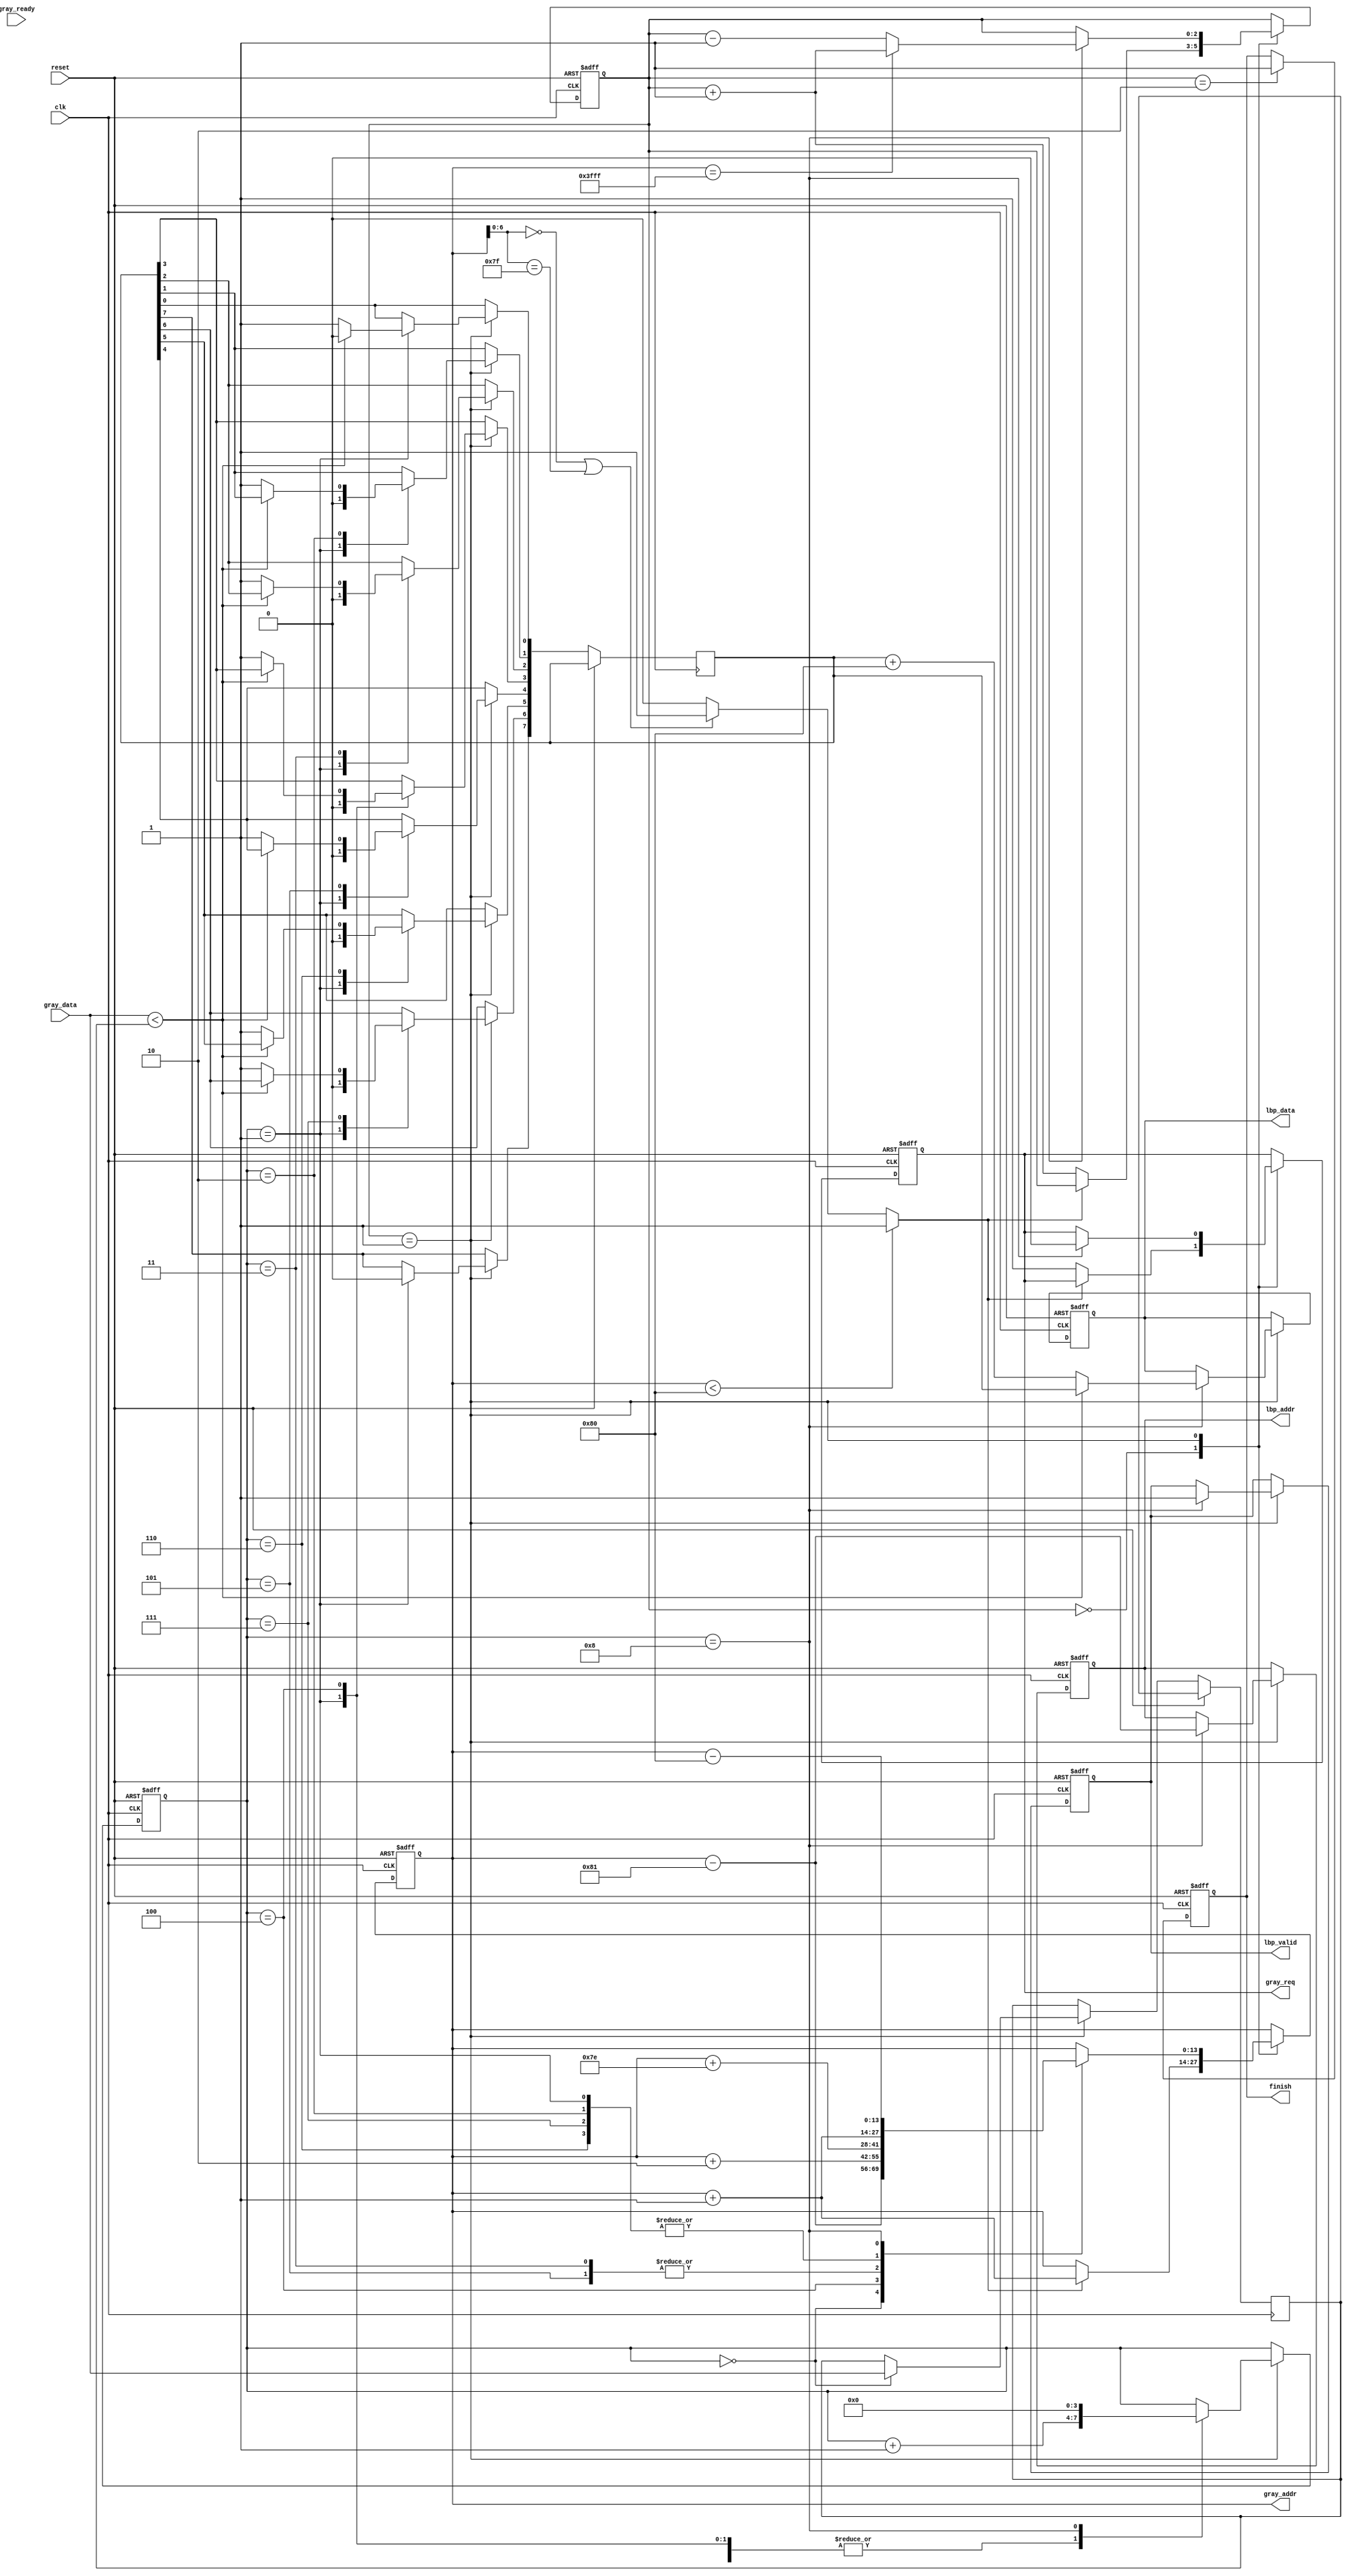
module LBP ( clk, reset, gray_addr, gray_req, gray_ready, gray_data, lbp_addr, lbp_valid, lbp_data, finish);
input   	clk;
input   	reset;
output  reg [13:0] 	gray_addr;
output  reg       	gray_req;
input   	gray_ready;
input   [7:0] 	gray_data;
output  reg [13:0] 	lbp_addr;
output  reg	lbp_valid;
output  reg [7:0] 	lbp_data;
output  reg	finish;
//====================================================================
reg [7:0] buffer;
reg [7:0] center;
reg flag;
reg [2:0] state;
reg [3:0] count;

localparam LOAD_DATA = 0;
localparam PROCESS = 1;
localparam FINISH = 2;

always@(gray_addr) begin
	if(gray_addr < 128) flag = 1;
	else if(gray_addr[6:0] == 7'b0000000 || gray_addr[6:0] == 7'b1111111) flag = 1;
	else flag = 0;
end

always@(posedge clk or posedge reset) begin
	if(reset) begin
		gray_addr <= 0;
		gray_req <= 0;
		lbp_addr <= 0;
		lbp_data <= 0;
		lbp_valid <= 0;
		finish <= 0;
		state <= 0;
		count <= 0;
	end
	else begin
		case(state)
			LOAD_DATA: begin
				if(flag) begin
					gray_addr <= gray_addr+1;
				end
				else begin
					state <= state+1;
					gray_req <= 1;
				end
			end
			
			PROCESS: begin
				case(count)
					0: begin
						center <= gray_data;
						gray_addr <= gray_addr-129;
						count <= count+1;
					end
					1: begin
						if(gray_data<center)
							buffer <= 0;
						else begin
							buffer <= 1;
						end
						gray_addr <= gray_addr+1;
						count <= count+1;
					end
					2: begin
						if(gray_data<center) begin
						end
						else begin
							buffer[1] <= 1'b1;
						end
						gray_addr <= gray_addr+1;
						count <= count+1;
					end
					3: begin
						if(gray_data<center) begin
						end
						else begin
							buffer[2] <= 1'b1;
						end
						gray_addr <= gray_addr+126;
						count <= count+1;
					end
					4: begin
						if(gray_data<center) begin
						end
						else begin
							buffer[3] <= 1'b1;
						end
						gray_addr <= gray_addr+2;
						count <= count+1;
					end
					5: begin
						if(gray_data<center) begin
						end
						else begin
							buffer[4] <= 1'b1;
						end
						gray_addr <= gray_addr+126;
						count <= count+1;
					end
					6: begin
						if(gray_data<center) begin
						end
						else begin
							buffer[5] <= 1'b1;
						end
						gray_addr <= gray_addr+1;
						count <= count+1;
					end
					7: begin
						if(gray_data<center) begin
						end
						else begin
							buffer[6] <= 1'b1;
						end
						gray_addr <= gray_addr+1;
						count <= count+1;
					end
					8: begin
						if(gray_data<center)
							lbp_data <= buffer;
						else
							lbp_data <= (buffer+8'b10000000);
						
						lbp_valid <= 1;
						lbp_addr <= gray_addr-129;
						gray_req <= 0;
						count <= 0;
						gray_addr <= gray_addr-128;
						if(gray_addr == 16383) state <= state+1;
						else state <= state-1;
					end
					default: begin
						
					end
				endcase
			end
			
			FINISH: finish <= 1;
			default: begin
			end
		endcase
	end
end

always@(*) begin
	
end

endmodule